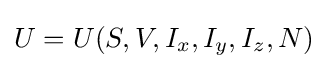
U=U(S,V,I_{x},I_{y},I_{z},N)